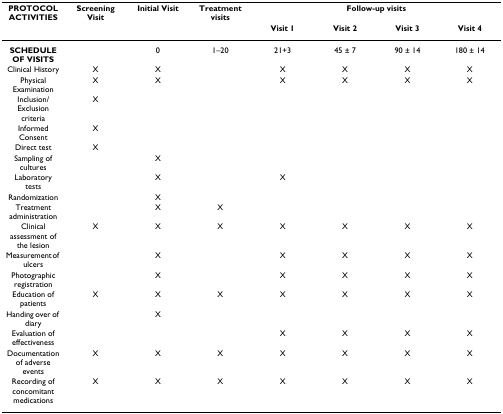
| PROTOCOL ACTIVITIES | Screening Visit | Initial Visit | Treatment visits | <COLSPAN=4> Follow-up visits |
 |  |  |  |  | Visit 1 | Visit 2 | Visit 3 | Visit 4 |
 | --- | --- | --- | --- | --- | --- | --- | --- |
 | SCHEDULE OF VISITS |  | 0 | 1–20 | 21+3 | 45 ± 7 | 90 ± 14 | 180 ± 14 |
 | Clinical History | X | X |  | X | X | X | X |
 | Physical Examination | X | X |  | X | X | X | X |
 | Inclusion/Exclusion criteria | X |  |  |  |  |  |  |
 | Informed Consent | X |  |  |  |  |  |  |
 | Direct test | X |  |  |  |  |  |  |
 | Sampling of cultures |  | X |  |  |  |  |  |
 | Laboratory tests |  | X |  | X |  |  |  |
 | Randomization |  | X |  |  |  |  |  |
 | Treatment administration |  | X | X |  |  |  |  |
 | Clinical assessment of the lesion | X | X | X | X | X | X | X |
 | Measurement of ulcers |  | X |  | X | X | X | X |
 | Photographic registration |  | X |  | X | X | X | X |
 | Education of patients | X | X | X | X | X | X | X |
 | Handing over of diary |  | X |  |  |  |  |  |
 | Evaluation of effectiveness |  |  |  | X | X | X | X |
 | Documentation of adverse events | X | X | X | X | X | X | X |
 | Recording of concomitant medications | X | X | X | X | X | X | X |